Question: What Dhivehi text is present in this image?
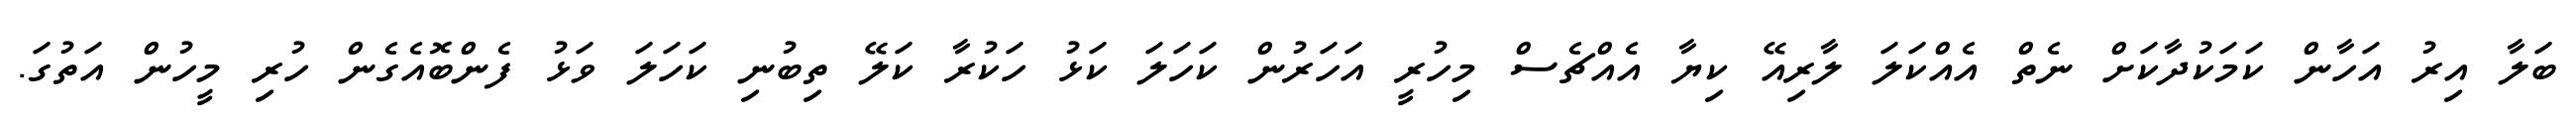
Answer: ބަލާ އިރު އަހާން ކަމަކުދާކަށް ނެތް އެއްކަލަ ލާރިއޭ ކިޔާ އެއްޗެސް މިހުރީ އަހަރުން ކަހަލަ ކަޅު ހަކުރާ ކަލޭ ތިބުނި ކަހަލަ ވަޅު ފެންބޮއެގެން ހުރި މީހުން އަތުގަ.